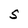
Character: S